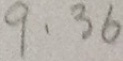
9 \cdot 3 6